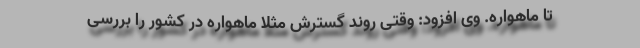
تا ماهواره. وی افزود: وقتی روند گسترش مثلاً ماهواره در کشور را بررسی